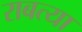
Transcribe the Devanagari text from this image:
राबत्या